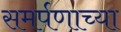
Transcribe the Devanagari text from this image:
समर्पणाच्या